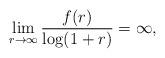
LaTeX: \begin{align*}\lim_{r \to \infty} \frac{f(r)}{\log(1+r)} = \infty,\end{align*}